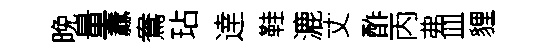
晚量纛鴦玷逹鞋漉丈酢丙弗皿貍